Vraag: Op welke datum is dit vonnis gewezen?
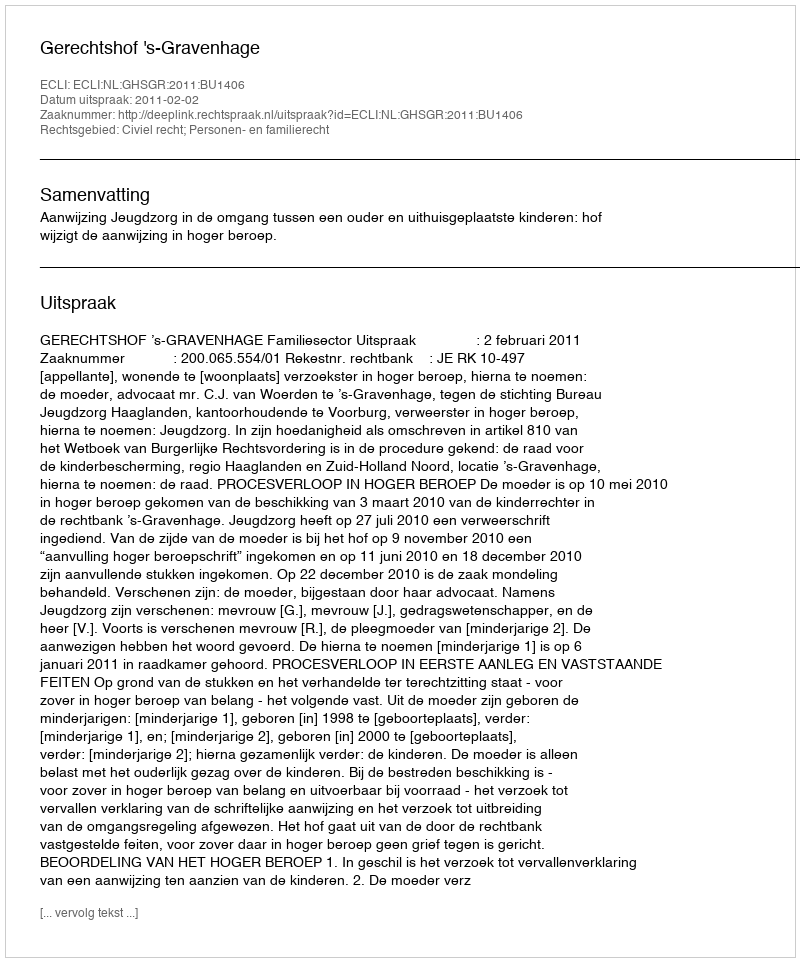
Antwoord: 2011-02-02